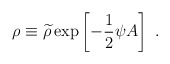
\begin{align*}\rho\equiv{\widetilde \rho}\exp\left[-{1\over 2}\psi A\right]~.\end{align*}